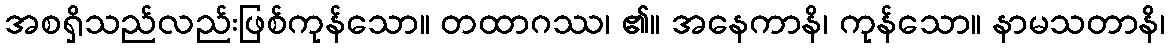
အစရှိသည်လည်းဖြစ်ကုန်သော။ တထာဂဿ၊ ၏။ အနေကာနိ၊ ကုန်သော။ နာမသတာနိ၊